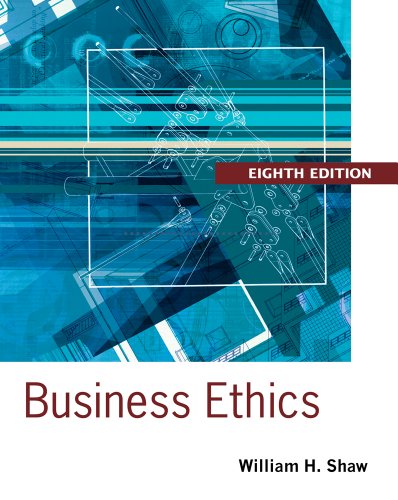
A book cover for Business Ethics: A Textbook with Cases; William H. Shaw; Business & Money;